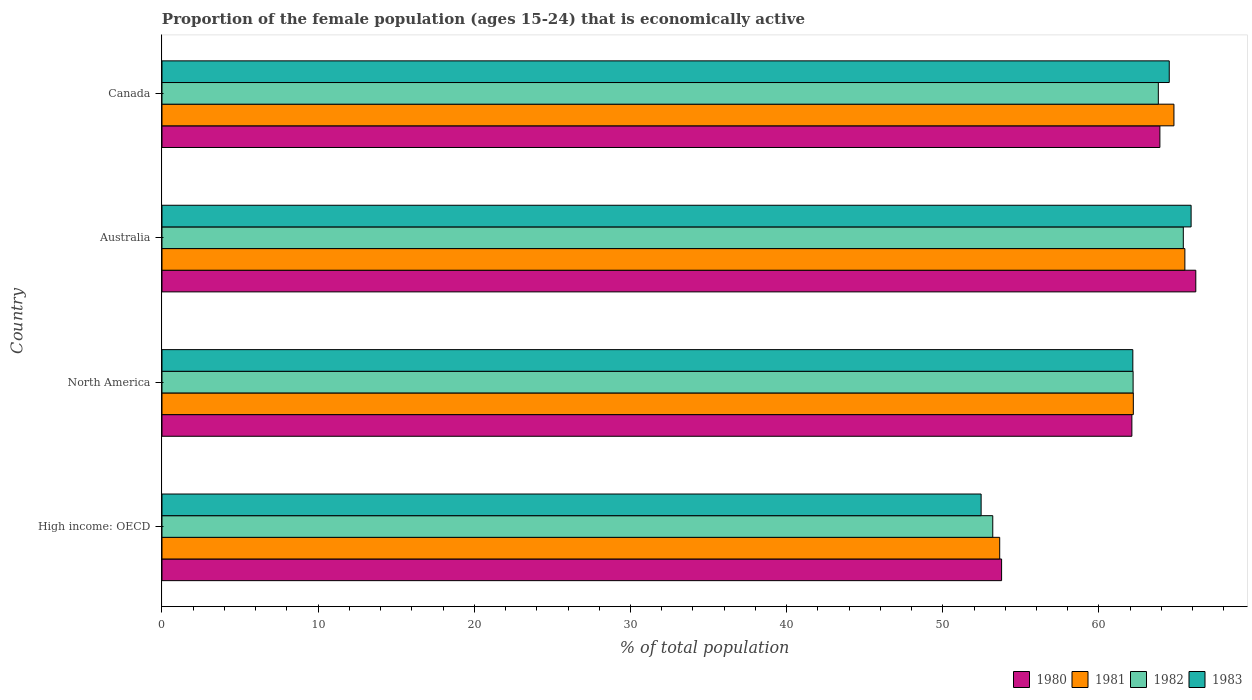
| Country | 1980 | 1981 | 1982 | 1983 |
 | --- | --- | --- | --- | --- |
 | High income: OECD | 53.8 | 53.6 | 53.2 | 52.5 |
 | North America | 62.1 | 62.2 | 62.2 | 62.2 |
 | Australia | 66.2 | 65.5 | 65.4 | 65.9 |
 | Canada | 63.9 | 64.8 | 63.8 | 64.5 |